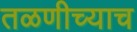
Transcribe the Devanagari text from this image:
तळणीच्याच